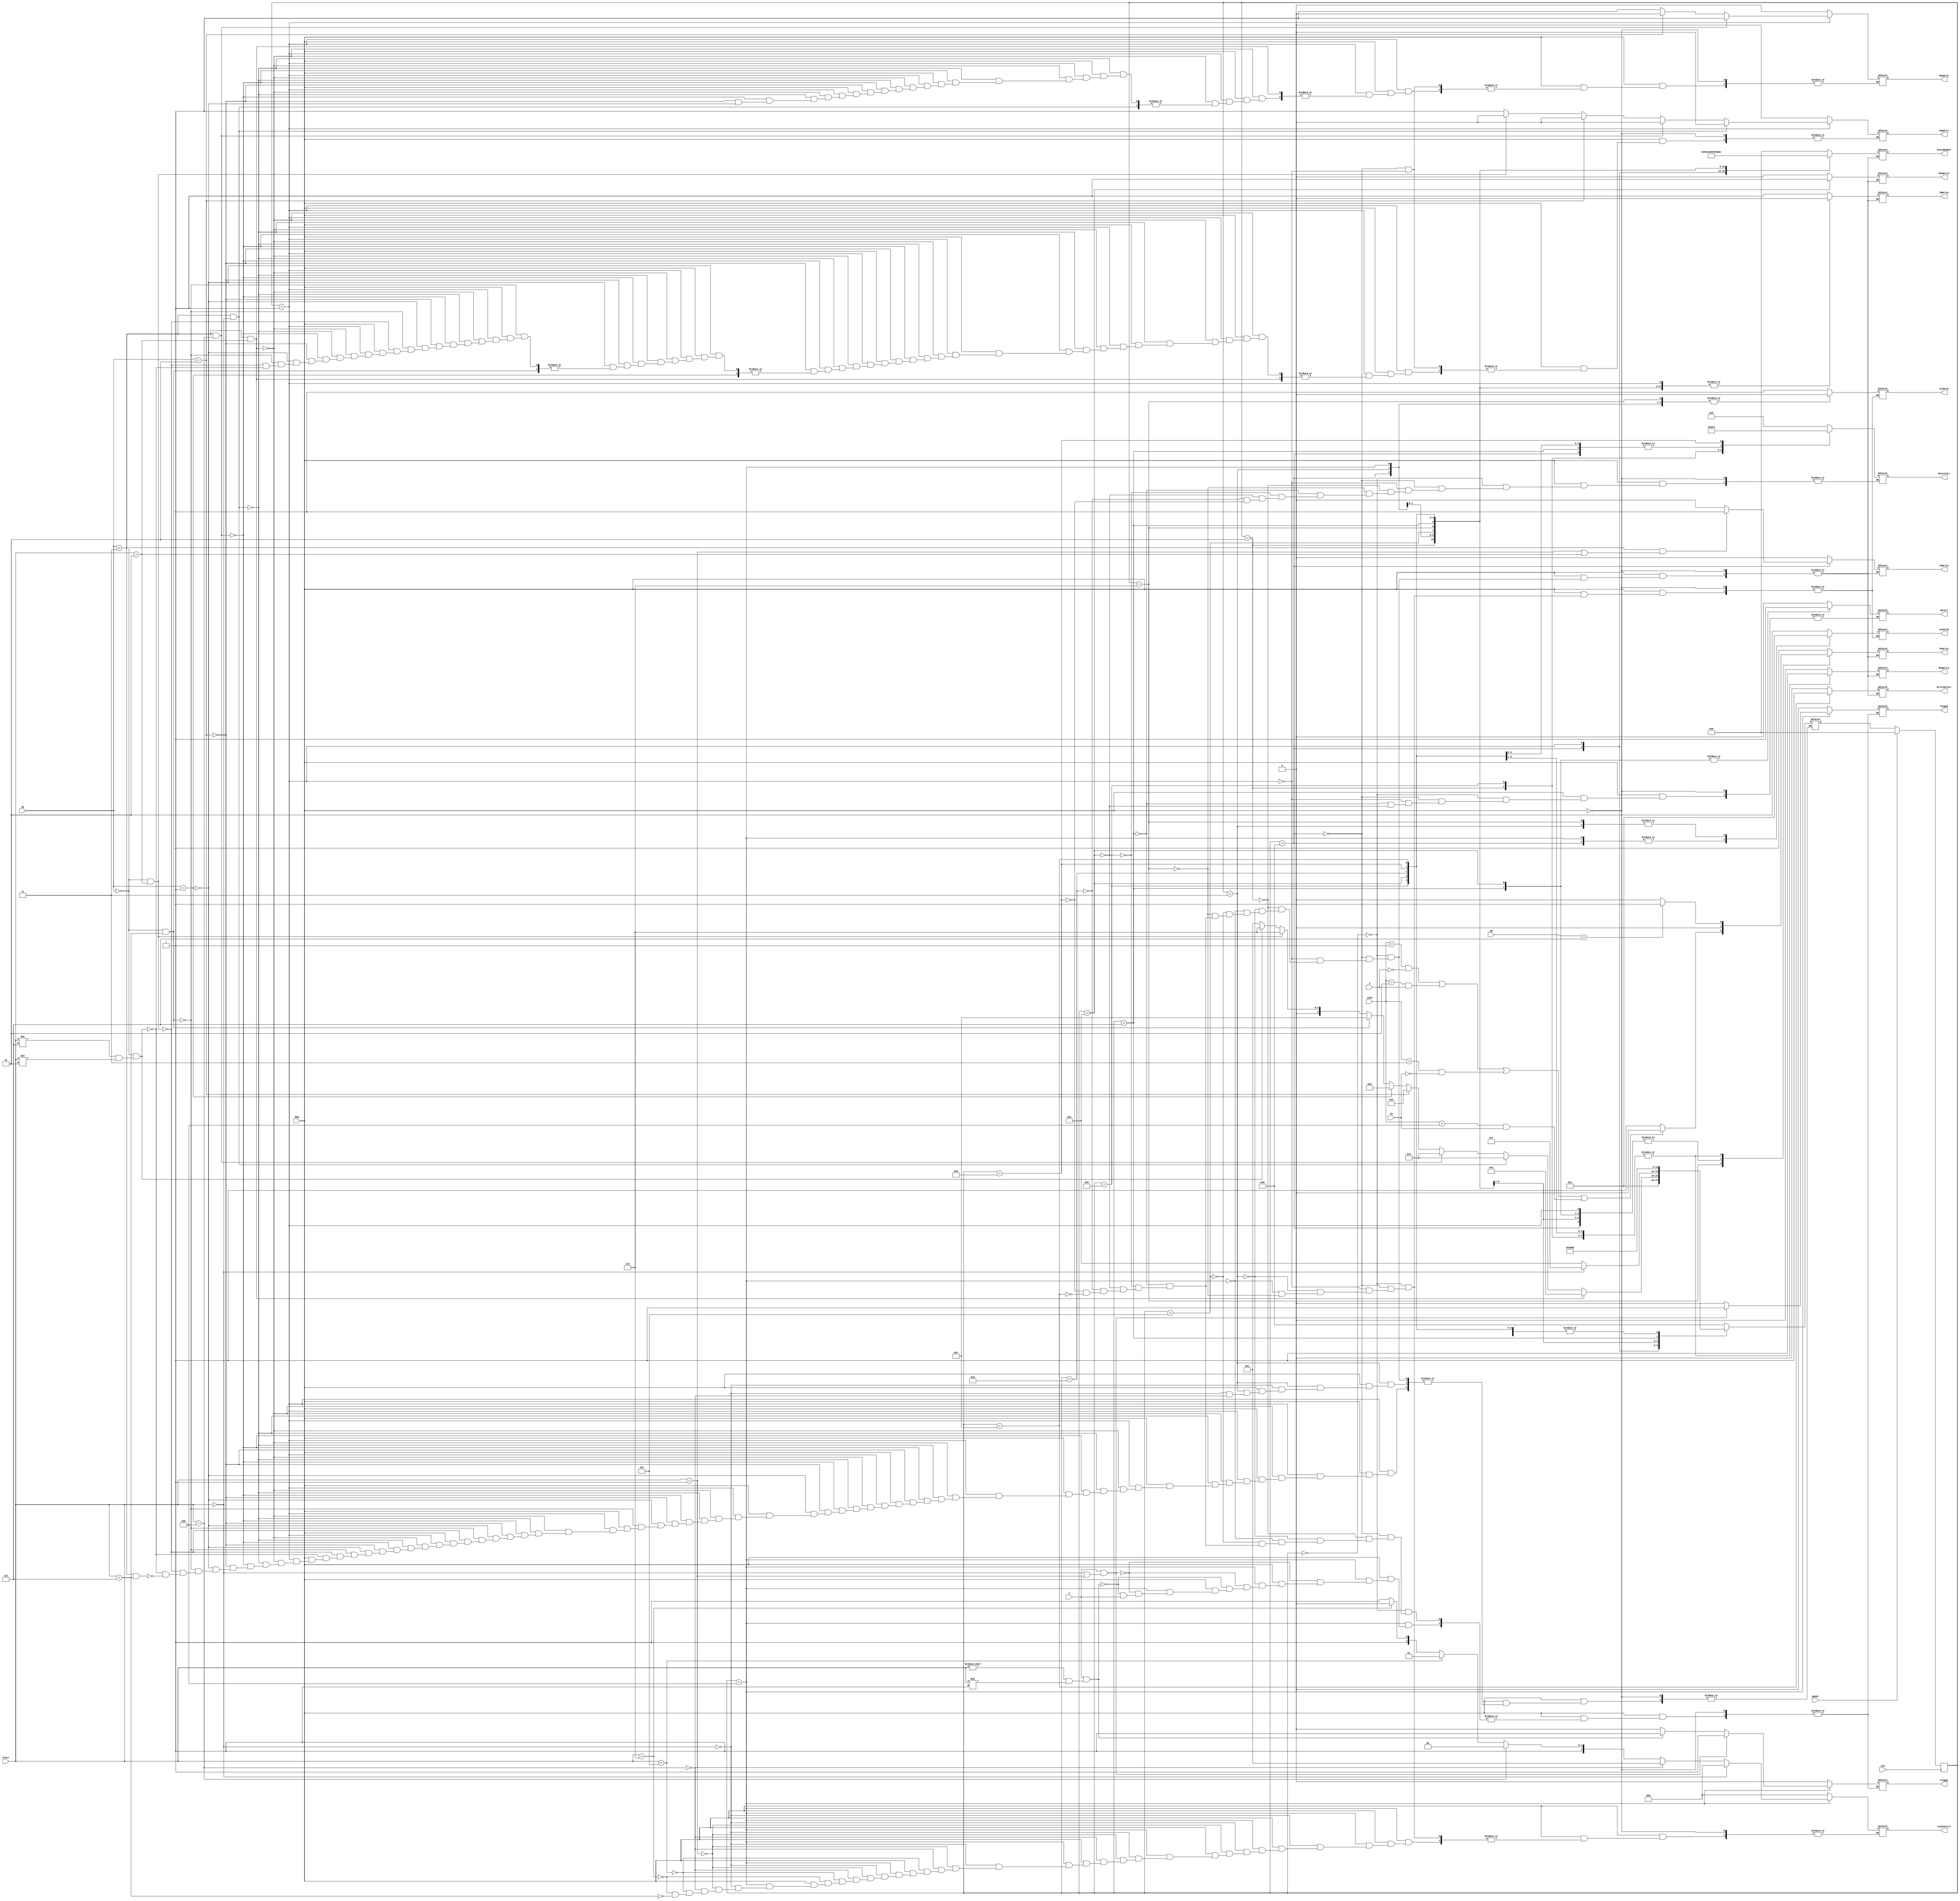
module controller (CLK,RUN,RESET,PCWrite,AdrSrc,MemWrite,IRWrite,RegSrc1,RegSrc2,RegWrite,ALUSrcA,ALUSrcB,ALUControl
						 ,ResultSrc,LRWrite,WriteSelect,FlagW1,FlagW2,StateNumber,Z,CO,op,funct,Rd,cond,S);    
						 
input CLK, RUN, RESET, Z, CO, S;
input [1:0] op;
input [2:0] funct, Rd, cond; 

output reg PCWrite, AdrSrc, MemWrite, IRWrite, RegSrc1, RegSrc2, RegWrite, ALUSrcA, LRWrite, WriteSelect, FlagW1, FlagW2; 
output reg [1:0] ALUSrcB; 
output reg [2:0] ALUControl, ResultSrc;
output reg [3:0] StateNumber;  

parameter S0 = 4'b0000, S1 = 4'b0001, S2 = 4'b0010, S3 = 4'b0011, S4 = 4'b0100, S5 = 4'b0101, 
			 S6 = 4'b0110, S7 = 4'b0111, S8 = 4'b1000, S9 = 4'b1001, S10 = 4'b1010, S11 = 4'b1011, S12 = 4'b1100, S13 = 4'b1101;   

reg [3:0] state, next_state; 

always @(posedge CLK) 
begin 
if (RESET == 1) 
state <= S0; 
else 
state <= next_state; 
end 


always @(state)  
begin 
if (RUN == 1) 
	begin       
		case (state)  
			S0: // Fetch state 
			begin 
			StateNumber = 4'b0000; 
			PCWrite = 1;
			AdrSrc = 0; 
			MemWrite = 0; 
			IRWrite = 1; 
			RegWrite = 0; 
			ALUSrcA = 1; 
			ALUSrcB = 2'b10; 
			ALUControl = 3'b000; 
			ResultSrc = 3'b010; 
			LRWrite = 0; 
			WriteSelect = 0; 
			FlagW1 = 0; 
			FlagW2 = 0; 
			next_state = S13; 
			end 
			
			S13: // Extra state for writing nextPC to Link Register 
			begin 
			StateNumber = 4'b1101; 
			PCWrite = 0;    
			AdrSrc = 0; 
			MemWrite = 0; 
			IRWrite = 0; 
			RegSrc1 = 0; 
			RegSrc2 = 0; 
			RegWrite = 0; 
			ALUSrcA = 0; 
			ALUSrcB = 2'b00; 
			ALUControl = 3'b000; 
			ResultSrc = 3'b000; 
			WriteSelect = 0;
			FlagW1 = 0; 
			FlagW2 = 0;
			next_state = S1; 
			if (op == 2'b00 && (funct == 3'b001 || funct == 3'b010)) // if instruction is BL or BLX then LRWrite is 1 
			LRWrite = 1; 
			else 
			LRWrite = 0; 
			end 
			
			S1: // Decode state 
			begin
			StateNumber = 4'b0001; 
			PCWrite = 0; 
			AdrSrc = 0; 
			MemWrite = 0; 
			IRWrite = 0; 
			RegWrite = 0; 
			WriteSelect = 0; 
			ALUSrcA = 1;   
			ALUSrcB = 2'b10; 
			ALUControl = 3'b000; 
			ResultSrc = 3'b010; 
			LRWrite = 0; 
			WriteSelect = 0; 
			if (op == 2'b11 && funct == 3'b010) // if LDI instruction 
			next_state = S2; 
			else if (op == 2'b11 && funct == 3'b000) // if LDD instruction   
			begin 
			RegSrc1 = 0; 
			next_state = S3;
			end 
			else if (op == 2'b11 && funct == 3'b100) // if STR instruction 
			begin 
			RegSrc1 = 0; 
			RegSrc2 = 1; 
			next_state = S3; 
			end 
			else if (op == 2'b10) // if instruction is an arithmetic or a logic instruction 
			begin 
			RegSrc1 = 0; 
			RegSrc2 = 0; 
			next_state = S4;
		   end 	
			else if (op == 2'b01) // if instruction is a shift instruction 
			begin 
			RegSrc2 = 1; 
			next_state = S5;
			end 
	 		else if (op == 2'b00 && funct == 3'b111) // if instruction is BX LR  
			next_state = S12; 
			else if (op == 2'b00 && funct == 3'b010) // if instruction is BLX 
			begin 
			RegSrc1 = 0; 
			next_state = S6;
			end 
			else if (op == 2'b00 && (funct != 3'b111 && funct != 3'b010)) // if instruction is a branch instruction other than BX LR and BLX 
			begin
		   RegSrc1 = 1; 	
			next_state = S6;
		   end 	
			else if (op == 2'b11 && funct == 3'b111) // if END instruction 
			next_state = S1; // halt the execution 
			end  
			
			S2: // LDI instruction's Execute state 
			begin 
			StateNumber = 4'b0010; 
			PCWrite = 0; 
			MemWrite = 0; 
			IRWrite = 0; 
			RegWrite = 1; 
			ResultSrc = 3'b100; 
			LRWrite = 0; 
			WriteSelect = 0; 
			FlagW1 = 0; 
			FlagW2 = 0;
			next_state = S0;
			if (Rd == 3'b111) // if write to PC takes place 		 
			PCWrite = 1; 
			else 
			PCWrite = 0; 
			end 
			
			S3: // LDD or STR instruction's Execute stage to calculate memory address 
			begin 
			StateNumber = 4'b0011; 
			PCWrite = 0; 
			MemWrite = 0; 
			IRWrite = 0; 
			RegWrite = 0; 
			ALUSrcA = 0; 
			ALUSrcB = 2'b01; 
			ALUControl = 3'b000; 
			LRWrite = 0; 
			WriteSelect = 0; 
			FlagW1 = 0; 
			FlagW2 = 0;
			if (funct == 3'b000) // if it's LDD instruction 
			next_state = S7;
			else if (funct == 3'b100) // if it's STR instruction 
			next_state = S9; 
			end 
			
			S4: // Arithmetic or Logic instruction's Execute state to calculate the result 
			begin  
			StateNumber = 4'b0100; 
			PCWrite = 0; 
			MemWrite = 0; 
			IRWrite = 0; 
			RegWrite = 0; 
			ALUSrcA = 0; 
			ALUSrcB = 2'b00; 
			LRWrite = 0; 
			WriteSelect = 0; 
			next_state = S10;
			if (funct == 3'b000) // if ADD instruction 
			ALUControl = 3'b000;
			else if (funct == 3'b001) // if SUB instruction 
			ALUControl = 3'b001;
			else if (funct == 3'b100) // if AND instruction 
			ALUControl = 3'b100; 
			else if (funct == 3'b101) // if ORR instruction 
			ALUControl = 3'b101; 
			else if (funct == 3'b110) // if XOR instruction 
			ALUControl = 3'b110; 
			else if (funct == 3'b111) // if CLR instruction 
			ALUControl = 3'b111; 	 
			if (S == 1 && (funct == 3'b000 || funct == 3'b001)) 
			begin // if S field is 1 and instruction is ADD or SUB then update Z,CO flags
			FlagW1 = 1;
			FlagW2 = 1; 
			end 
			else if (S == 1 && (funct != 3'b000 && funct != 3'b001)) 
			begin	// if S field is 1 and instruction is AND or ORR or XOR or CLR then update only Z flag 
			FlagW1 = 1; 
			FlagW2 = 0; 
			end
			else if (S == 0)  
			begin // if S field is 0 then do NOT update flags 
			FlagW1 = 0; 
			FlagW2 = 0; 
			end 
			end 
			
			S5: // Shift instruction's Execute state to get the content of the register to be shifted/rotated 
			begin
			StateNumber = 4'b0101; 
			PCWrite = 0; 
			MemWrite = 0; 
			IRWrite = 0; 
			RegWrite = 0;
			LRWrite = 0; 
			WriteSelect = 0;		
			FlagW1 = 0; 
			FlagW2 = 0;
			next_state = S11; 
			end 
			
			S6: // Execute state of branch instruction (other than BX LR) to calculate BTA 
			begin 
			StateNumber = 4'b0110; 
			MemWrite = 0; 
			IRWrite = 0; 
			RegWrite = 0; 
			ALUSrcA = 0;  
			ALUSrcB = 2'b01; 
			ALUControl = 3'b000; 
			ResultSrc = 3'b010;
			LRWrite = 0; 
			WriteSelect = 0; 
			next_state = S0; 
			if ((cond == 3'b001 && Z == 0) || (cond == 3'b010 && Z == 1) || (cond == 3'b011 && CO == 0) || (cond == 3'b100 && CO == 1)) 
			PCWrite = 0; 
			else 
			PCWrite = 1; 
			end 
			
			S7: // LDD instruction's Execute state to read data from IDM   
			begin 
			StateNumber = 4'b0111; 
			PCWrite = 0; 
			AdrSrc = 1; 
			MemWrite = 0; 
			IRWrite = 0; 
			RegWrite = 0; 
			ResultSrc = 3'b000; 
			LRWrite = 0; 
			WriteSelect = 0;
			FlagW1 = 0; 
			FlagW2 = 0;
			next_state = S8; 
			end 
			
			S8: // LDD instruction's Execute state to write data to destination register 
			begin 
			StateNumber = 4'b1000; 
			PCWrite = 0; 
			MemWrite = 0; 
			IRWrite = 0; 
			RegWrite = 1; 
			ResultSrc = 3'b001; 
			LRWrite = 0; 
			WriteSelect = 0;
			FlagW1 = 0; 
			FlagW2 = 0;
			next_state = S0; 
			if (Rd == 3'b111) // if write to PC takes place 
			PCWrite = 1; 
			else 
			PCWrite = 0; 
			end 
			
			S9: // STR instruction's Execute state to write data to IDM 
			begin 
			StateNumber = 4'b1001; 
			PCWrite = 0; 
			AdrSrc = 1; 
			MemWrite = 1; 
			IRWrite = 0; 
			RegWrite = 0; 
			ResultSrc = 3'b000; 
			LRWrite = 0; 
			WriteSelect = 0;
			FlagW1 = 0; 
			FlagW2 = 0;
			next_state = S0; 
			end 
			
			S10: // Arithmetic or Logic instruction's Execute state to write the result to destination register 
			begin 
			StateNumber = 4'b1010; 
			PCWrite = 0; 
			MemWrite = 0; 
			IRWrite = 0; 
			RegWrite = 1; 
			ResultSrc = 3'b000; 
			LRWrite = 0; 
			WriteSelect = 0;
			FlagW1 = 0; 
			FlagW2 = 0;
			next_state = S0; 
			if (Rd == 3'b111) // if write to PC takes place 
			PCWrite = 1; 
			else 
			PCWrite = 0;
			end 
			
			S11: // Shift instruction's Execute state to write the shifted/rotated result back to the register  
			begin 
			StateNumber = 4'b1011; 
			PCWrite = 0; 
			MemWrite = 0; 
			IRWrite = 0; 
			RegWrite = 1; 
			ResultSrc = 3'b011; 
			LRWrite = 0; 
			WriteSelect = 0;
			FlagW1 = 0; 
			FlagW2 = 0;
			next_state = S0; 
			if (Rd == 3'b111) // if write to PC takes place 
			PCWrite = 1; 
			else 
			PCWrite = 0;
			end 
			
			S12: // BX LR instruction's Execute state 
			begin 
			StateNumber = 4'b1100;  
			PCWrite = 1;
			MemWrite = 0; 
			IRWrite = 0; 
			RegWrite = 0;
			LRWrite = 0;
			WriteSelect = 1; // get the nextPC from LR 
			FlagW1 = 0; 
			FlagW2 = 0;		
			next_state = S0; 
			end 
			
		endcase 
	end 	
end 
endmodule